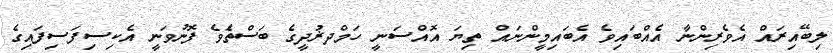
ލިބޭއިރައް އެވެރިންނާ އެއްބައިވެ އެބައިމީންނައް ތިޔަ އޮއްސަނީ ހަމްދޜުދީގެ ބަސްތަެވެ ފޮނުވަނީ އެކިސިފަސިފައިގެ